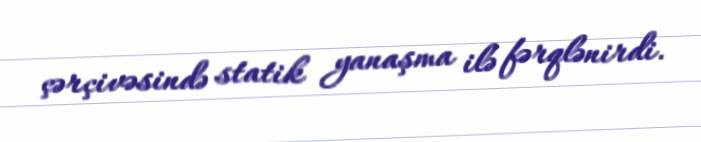
çərçivəsində statik yanaşma ilə fərqlənirdi.